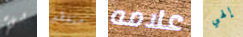
شيء متقطع علامه إلهي